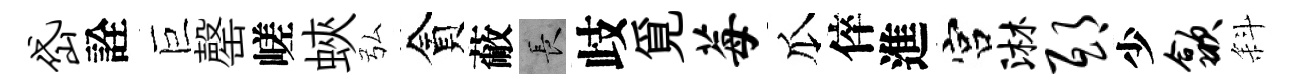
岱詮巨罄嵯蛺弘貪蔽长歧覓莓瓜倅進宫淋邸少歙斜